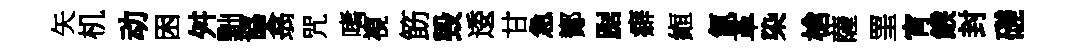
矢机动困舛黜協翕咒嗜視筯毁逶甘急鄼踞癖縆氤革染槍薩罣宵餱封磋